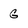
Character: G